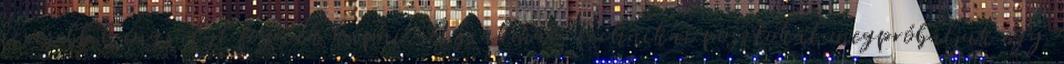
kevesebb hangsúlyt fognak kapni. A szakmai technikai posztokat megpróbáljuk egy